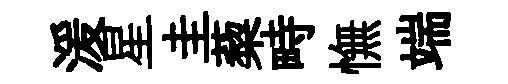
湲星圭蔾畤憮端